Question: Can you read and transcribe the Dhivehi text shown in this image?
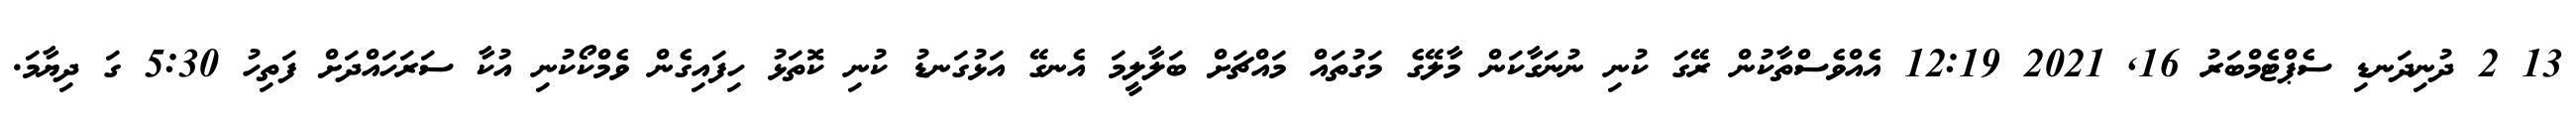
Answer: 13 2 ދުނިދަނޑި ސެޕްޓެމްބަރު 16, 2021 12:19 އެއްވެސްތާކުން ރޭގަ ކުނި ނުނަގާކަން މާލޭގެ މަގުތައް މައްޗަށް ބަލާލީމަ އެނގޭ އަޅުގަނޑު ކުނި ކޮތަޅު ހިފައިގެން ވެމްކޯކުނި އުކާ ސަރަހައްދަށް ފަތިހު 5:30 ގަ ދިޔާމަ.